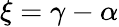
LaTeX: \xi=\gamma-\alpha